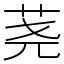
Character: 荛